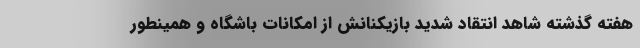
هفته گذشته شاهد انتقاد شدید بازیکنانش از امکانات باشگاه و همینطور